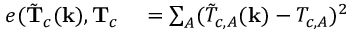
\begin{array} { r l } { e ( \tilde { \mathbf { T } } _ { c } ( \mathbf { k } ) , \mathbf { T } _ { c } } & { { } = \sum _ { A } ( \tilde { T } _ { c , A } ( \mathbf { k } ) - T _ { c , A } ) ^ { 2 } } \end{array}